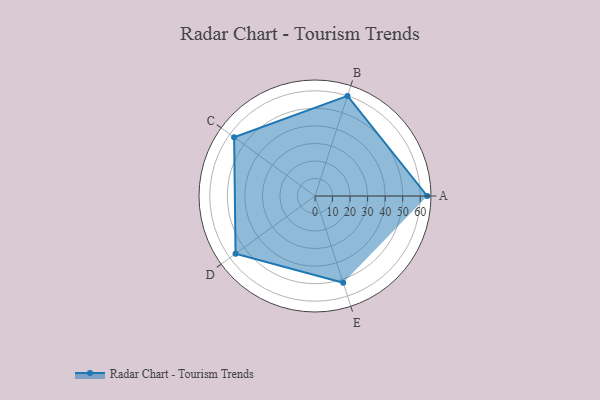
{"axis": {"x": "Skill", "y": "Score"}, "legend": ["Profile"], "data": [{"x": "A", "y": 64.0, "type": "Profile"}, {"x": "B", "y": 60.0, "type": "Profile"}, {"x": "C", "y": 57.0, "type": "Profile"}, {"x": "D", "y": 56.0, "type": "Profile"}, {"x": "E", "y": 52.0, "type": "Profile"}]}